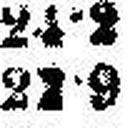
22•9